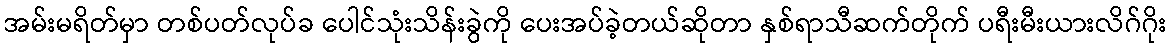
အမ်းမရိတ်မှာ တစ်ပတ်လုပ်ခ ပေါင်သုံးသိန်းခွဲကို ပေးအပ်ခဲ့တယ်ဆိုတာ နှစ်ရာသီဆက်တိုက် ပရီးမီးယားလိဂ်ဂိုး